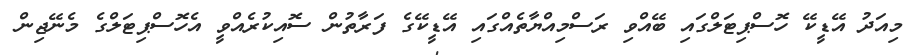
މިއަދު އޭޑީކޭ ހޮސްޕިޓަލްގައި ބޭއްވި ރަސްމިއްޔާތެއްގައި އޭޑީކޭގެ ފަރާތުން ސޮއިކުރެއްވީ އެހޮސްޕިޓަލްގެ މެނޭޖިން